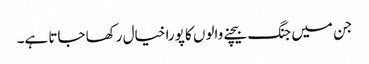
جن میں جنگ بیچنے والوں کا پورا خیال رکھا جاتا ہے۔